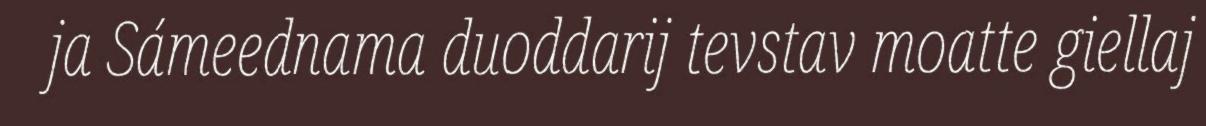
ja Sámeednama duoddarij tevstav moatte giellaj